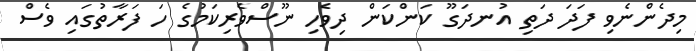
މިދެންނެވި ފަދަ ދަތި އުނދަގޫ ކަންކަން ދިވެހި ނޫސްވެރިކަމުގެ ހަ ފަރާތުގައި ވެސް